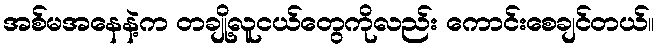
အစ်မအနေနဲ့က တချို့လူငယ်တွေကိုလည်း ကောင်းစေချင်တယ်။